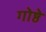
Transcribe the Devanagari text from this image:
गोष्ठे